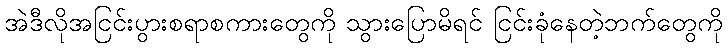
အဲဒီလိုအငြင်းပွားစရာစကားတွေကို သွားပြောမိရင် ငြင်းခုံနေတဲ့ဘက်တွေကို